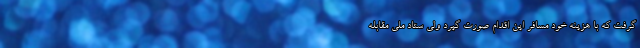
گرفت که با هزینه خود مسافر این اقدام صورت گیرد ولی ستاد ملی مقابله